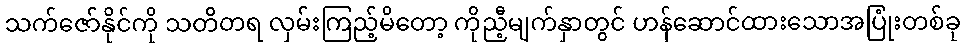
သက်ဇော်နိုင်ကို သတိတရ လှမ်းကြည့်မိတော့ ကိုညီ့မျက်နှာတွင် ဟန်ဆောင်ထားသောအပြုံးတစ်ခု